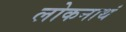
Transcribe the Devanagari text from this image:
लोकनाथं